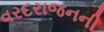
વરદરાજનની